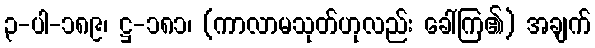
၃-ပါ-၁၈၉၊ ဋ္ဌ-၁၈၁၊ (ကာလာမသုတ်ဟုလည်း ခေါ်ကြ၏) အချက်